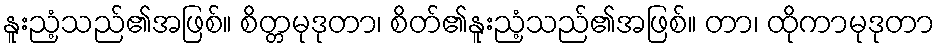
နူးညံ့သည်၏အဖြစ်။ စိတ္တမုဒုတာ၊ စိတ်၏နူးညံ့သည်၏အဖြစ်။ တာ၊ ထိုကာမုဒုတာ